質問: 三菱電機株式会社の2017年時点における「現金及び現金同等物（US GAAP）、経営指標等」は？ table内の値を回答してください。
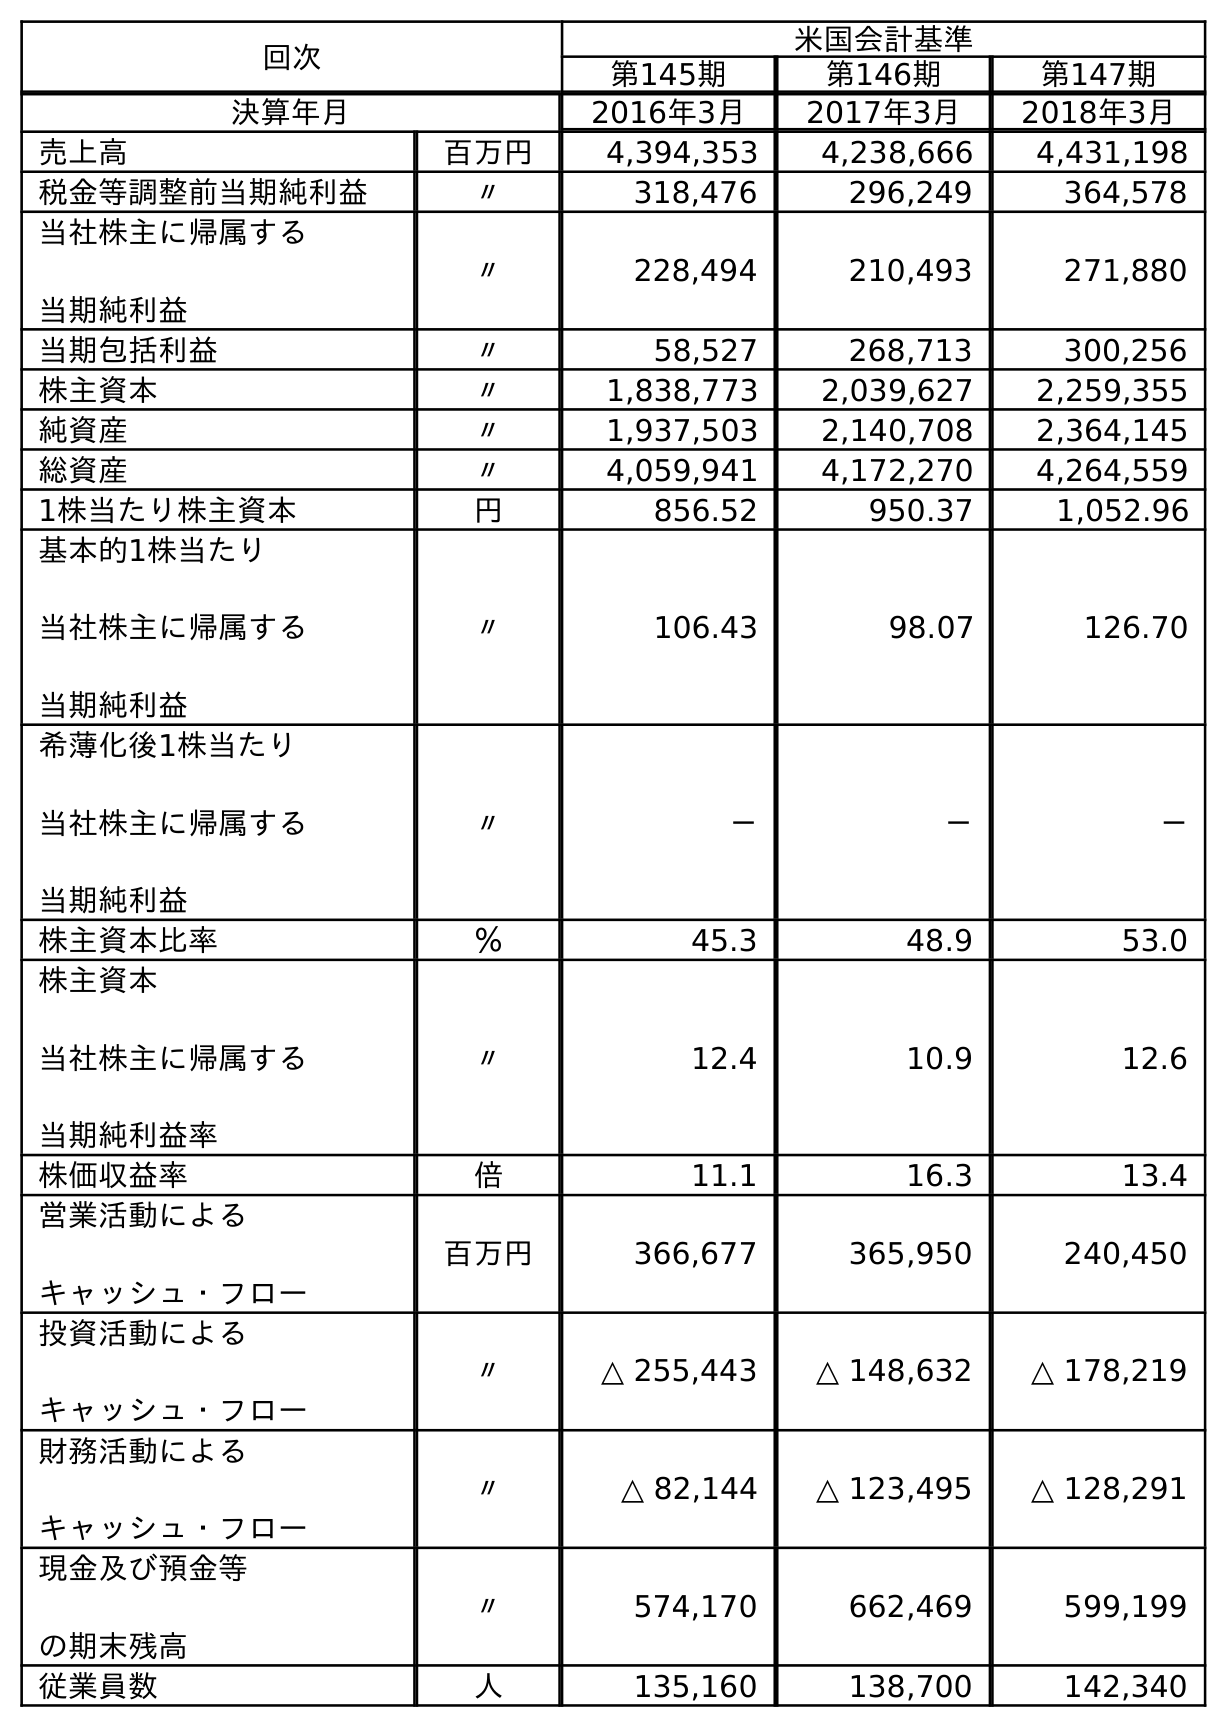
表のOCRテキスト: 回次 米国会計基準 第145期 第146期 第147期 決算年月 2016年3月 2017年3月 2018年3月 売上高 百万円 4,394,353 4,238,666 4,431,198 税金等調整前当期純利益 〃 318,476 296,249 364,578 当社株主に帰属する 当期純利益 〃 228,494 210,493 271,880 当期包括利益 〃 58,527 268,713 300,256 株主資本 〃 1,838,773 2,039,627 2,259,355 純資産 〃 1,937,503 2,140,708 2,364,145 総資産 〃 4,059,941 4,172,270 4,264,559 1株当たり株主資本 円 856.52 950.37 1,052.96 基本的1株当たり 当社株主に帰属する 当期純利益 〃 106.43 98.07 126.70 希薄化後1株当たり 当社株主に帰属する 当期純利益 〃 － － － 株主資本比率 ％ 45.3 48.9 53.0 株主資本 当社株主に帰属する 当期純利益率 〃 12.4 10.9 12.6 株価収益率 倍 11.1 16.3 13.4 営業活動による キャッシュ・フロー 百万円 366,677 365,950 240,450 投資活動による キャッシュ・フロー 〃 △ 255,443 △ 148,632 △ 178,219 財務活動による キャッシュ・フロー 〃 △ 82,144 △ 123,495 △ 128,291 現金及び預金等 の期末残高 〃 574,170 662,469 599,199 従業員数 人 135,160 138,700 142,340
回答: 662,469